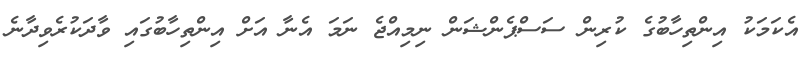
އެކަަމަކު އިންތިހާބުގެ ކުރިން ސަސްޕެންޝަން ނިމިއްޖެ ނަމަ އެނާ އަށްް އިންތިހާބުގައި ވާދަކުރެވިދާނެ